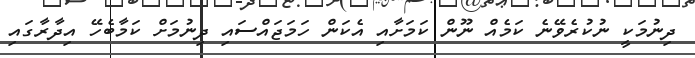
ދިނުމަކީ ނުކުރެވޭނެ ކަމެއް ނޫން ކަމަށާއި އެކަން ހަމަޖައްސައި ދިނުމަށް ކަމާބެހޭ އިދާރާގައި